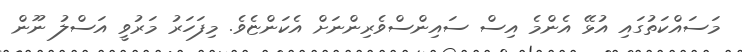
މަސައްކަތުގައި އުޅޭ އެންމެ އިސް ސައިންސްވެރިންނަށް އެކަންޏެވެ. މިފަހަރު މަރުވީ އަސްލު ނޫން